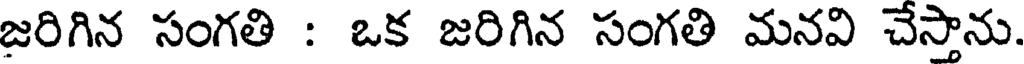
జరిగిన సంగతి : ఒక జరిగిన సంగతి మనవి చేస్తాను.